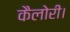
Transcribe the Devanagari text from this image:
कैलोरी।